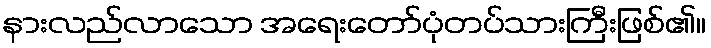
နားလည်လာသော အရေးတော်ပုံတပ်သားကြီးဖြစ်၏။